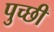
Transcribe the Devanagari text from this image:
पुच्छी